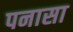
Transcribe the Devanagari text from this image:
पनासा